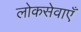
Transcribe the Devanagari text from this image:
लोकसेवाएँ